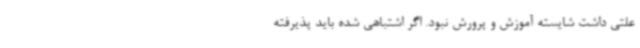
علتی داشت شایسته آموزش و پرورش نبود. اگر اشتباهی شده باید پذیرفته